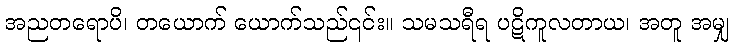
အညတရောပိ၊ တယောက် ယောက်သည်၎င်း။ သမသရီရ ပဋိကူလတာယ၊ အတူ အမျှ